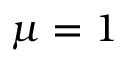
\mu = 1